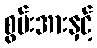
စွမ်းအားနှင့်